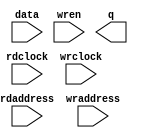
// This program was cloned from: https://github.com/michaelliao/learn-verilog
// License: GNU General Public License v3.0

// megafunction wizard: %RAM: 2-PORT%VBB%
// GENERATION: STANDARD
// VERSION: WM1.0
// MODULE: altsyncram 

// ============================================================
// Megafunction Name(s):
// 			altsyncram
//
// Simulation Library Files(s):
// 			altera_mf
// ============================================================
// ************************************************************
// THIS IS A WIZARD-GENERATED FILE. DO NOT EDIT THIS FILE!
//
// 20.1.1 Build 720 11/11/2020 SJ Lite Edition
// ************************************************************

//Copyright (C) 2020  Intel Corporation. All rights reserved.
//Your use of Intel Corporation's design tools, logic functions 
//and other software and tools, and any partner logic 
//functions, and any output files from any of the foregoing 
//(including device programming or simulation files), and any 
//associated documentation or information are expressly subject 
//to the terms and conditions of the Intel Program License 
//Subscription Agreement, the Intel Quartus Prime License Agreement,
//the Intel FPGA IP License Agreement, or other applicable license
//agreement, including, without limitation, that your use is for
//the sole purpose of programming logic devices manufactured by
//Intel and sold by Intel or its authorized distributors.  Please
//refer to the applicable agreement for further details, at
//https://fpgasoftware.intel.com/eula.

module ram_buffer (
	data,
	rdaddress,
	rdclock,
	wraddress,
	wrclock,
	wren,
	q);

	input	[15:0]  data;
	input	[10:0]  rdaddress;
	input	  rdclock;
	input	[10:0]  wraddress;
	input	  wrclock;
	input	  wren;
	output	[15:0]  q;
`ifndef ALTERA_RESERVED_QIS
// synopsys translate_off
`endif
	tri1	  wrclock;
	tri0	  wren;
`ifndef ALTERA_RESERVED_QIS
// synopsys translate_on
`endif

endmodule

// ============================================================
// CNX file retrieval info
// ============================================================
// Retrieval info: PRIVATE: ADDRESSSTALL_A NUMERIC "0"
// Retrieval info: PRIVATE: ADDRESSSTALL_B NUMERIC "0"
// Retrieval info: PRIVATE: BYTEENA_ACLR_A NUMERIC "0"
// Retrieval info: PRIVATE: BYTEENA_ACLR_B NUMERIC "0"
// Retrieval info: PRIVATE: BYTE_ENABLE_A NUMERIC "0"
// Retrieval info: PRIVATE: BYTE_ENABLE_B NUMERIC "0"
// Retrieval info: PRIVATE: BYTE_SIZE NUMERIC "8"
// Retrieval info: PRIVATE: BlankMemory NUMERIC "0"
// Retrieval info: PRIVATE: CLOCK_ENABLE_INPUT_A NUMERIC "0"
// Retrieval info: PRIVATE: CLOCK_ENABLE_INPUT_B NUMERIC "0"
// Retrieval info: PRIVATE: CLOCK_ENABLE_OUTPUT_A NUMERIC "0"
// Retrieval info: PRIVATE: CLOCK_ENABLE_OUTPUT_B NUMERIC "0"
// Retrieval info: PRIVATE: CLRdata NUMERIC "0"
// Retrieval info: PRIVATE: CLRq NUMERIC "0"
// Retrieval info: PRIVATE: CLRrdaddress NUMERIC "0"
// Retrieval info: PRIVATE: CLRrren NUMERIC "0"
// Retrieval info: PRIVATE: CLRwraddress NUMERIC "0"
// Retrieval info: PRIVATE: CLRwren NUMERIC "0"
// Retrieval info: PRIVATE: Clock NUMERIC "1"
// Retrieval info: PRIVATE: Clock_A NUMERIC "0"
// Retrieval info: PRIVATE: Clock_B NUMERIC "0"
// Retrieval info: PRIVATE: IMPLEMENT_IN_LES NUMERIC "0"
// Retrieval info: PRIVATE: INDATA_ACLR_B NUMERIC "0"
// Retrieval info: PRIVATE: INDATA_REG_B NUMERIC "0"
// Retrieval info: PRIVATE: INIT_FILE_LAYOUT STRING "PORT_B"
// Retrieval info: PRIVATE: INIT_TO_SIM_X NUMERIC "0"
// Retrieval info: PRIVATE: INTENDED_DEVICE_FAMILY STRING "Cyclone IV E"
// Retrieval info: PRIVATE: JTAG_ENABLED NUMERIC "0"
// Retrieval info: PRIVATE: JTAG_ID STRING "NONE"
// Retrieval info: PRIVATE: MAXIMUM_DEPTH NUMERIC "0"
// Retrieval info: PRIVATE: MEMSIZE NUMERIC "32000"
// Retrieval info: PRIVATE: MEM_IN_BITS NUMERIC "0"
// Retrieval info: PRIVATE: MIFfilename STRING "char-buffer.mif"
// Retrieval info: PRIVATE: OPERATION_MODE NUMERIC "2"
// Retrieval info: PRIVATE: OUTDATA_ACLR_B NUMERIC "0"
// Retrieval info: PRIVATE: OUTDATA_REG_B NUMERIC "0"
// Retrieval info: PRIVATE: RAM_BLOCK_TYPE NUMERIC "2"
// Retrieval info: PRIVATE: READ_DURING_WRITE_MODE_MIXED_PORTS NUMERIC "2"
// Retrieval info: PRIVATE: READ_DURING_WRITE_MODE_PORT_A NUMERIC "3"
// Retrieval info: PRIVATE: READ_DURING_WRITE_MODE_PORT_B NUMERIC "3"
// Retrieval info: PRIVATE: REGdata NUMERIC "1"
// Retrieval info: PRIVATE: REGq NUMERIC "1"
// Retrieval info: PRIVATE: REGrdaddress NUMERIC "1"
// Retrieval info: PRIVATE: REGrren NUMERIC "1"
// Retrieval info: PRIVATE: REGwraddress NUMERIC "1"
// Retrieval info: PRIVATE: REGwren NUMERIC "1"
// Retrieval info: PRIVATE: SYNTH_WRAPPER_GEN_POSTFIX STRING "0"
// Retrieval info: PRIVATE: USE_DIFF_CLKEN NUMERIC "0"
// Retrieval info: PRIVATE: UseDPRAM NUMERIC "1"
// Retrieval info: PRIVATE: VarWidth NUMERIC "0"
// Retrieval info: PRIVATE: WIDTH_READ_A NUMERIC "16"
// Retrieval info: PRIVATE: WIDTH_READ_B NUMERIC "16"
// Retrieval info: PRIVATE: WIDTH_WRITE_A NUMERIC "16"
// Retrieval info: PRIVATE: WIDTH_WRITE_B NUMERIC "16"
// Retrieval info: PRIVATE: WRADDR_ACLR_B NUMERIC "0"
// Retrieval info: PRIVATE: WRADDR_REG_B NUMERIC "0"
// Retrieval info: PRIVATE: WRCTRL_ACLR_B NUMERIC "0"
// Retrieval info: PRIVATE: enable NUMERIC "0"
// Retrieval info: PRIVATE: rden NUMERIC "0"
// Retrieval info: LIBRARY: altera_mf altera_mf.altera_mf_components.all
// Retrieval info: CONSTANT: ADDRESS_ACLR_B STRING "NONE"
// Retrieval info: CONSTANT: ADDRESS_REG_B STRING "CLOCK1"
// Retrieval info: CONSTANT: CLOCK_ENABLE_INPUT_A STRING "BYPASS"
// Retrieval info: CONSTANT: CLOCK_ENABLE_INPUT_B STRING "BYPASS"
// Retrieval info: CONSTANT: CLOCK_ENABLE_OUTPUT_B STRING "BYPASS"
// Retrieval info: CONSTANT: INIT_FILE STRING "char-buffer.mif"
// Retrieval info: CONSTANT: INTENDED_DEVICE_FAMILY STRING "Cyclone IV E"
// Retrieval info: CONSTANT: LPM_TYPE STRING "altsyncram"
// Retrieval info: CONSTANT: NUMWORDS_A NUMERIC "2000"
// Retrieval info: CONSTANT: NUMWORDS_B NUMERIC "2000"
// Retrieval info: CONSTANT: OPERATION_MODE STRING "DUAL_PORT"
// Retrieval info: CONSTANT: OUTDATA_ACLR_B STRING "NONE"
// Retrieval info: CONSTANT: OUTDATA_REG_B STRING "UNREGISTERED"
// Retrieval info: CONSTANT: POWER_UP_UNINITIALIZED STRING "FALSE"
// Retrieval info: CONSTANT: RAM_BLOCK_TYPE STRING "M9K"
// Retrieval info: CONSTANT: WIDTHAD_A NUMERIC "11"
// Retrieval info: CONSTANT: WIDTHAD_B NUMERIC "11"
// Retrieval info: CONSTANT: WIDTH_A NUMERIC "16"
// Retrieval info: CONSTANT: WIDTH_B NUMERIC "16"
// Retrieval info: CONSTANT: WIDTH_BYTEENA_A NUMERIC "1"
// Retrieval info: USED_PORT: data 0 0 16 0 INPUT NODEFVAL "data[15..0]"
// Retrieval info: USED_PORT: q 0 0 16 0 OUTPUT NODEFVAL "q[15..0]"
// Retrieval info: USED_PORT: rdaddress 0 0 11 0 INPUT NODEFVAL "rdaddress[10..0]"
// Retrieval info: USED_PORT: rdclock 0 0 0 0 INPUT NODEFVAL "rdclock"
// Retrieval info: USED_PORT: wraddress 0 0 11 0 INPUT NODEFVAL "wraddress[10..0]"
// Retrieval info: USED_PORT: wrclock 0 0 0 0 INPUT VCC "wrclock"
// Retrieval info: USED_PORT: wren 0 0 0 0 INPUT GND "wren"
// Retrieval info: CONNECT: @address_a 0 0 11 0 wraddress 0 0 11 0
// Retrieval info: CONNECT: @address_b 0 0 11 0 rdaddress 0 0 11 0
// Retrieval info: CONNECT: @clock0 0 0 0 0 wrclock 0 0 0 0
// Retrieval info: CONNECT: @clock1 0 0 0 0 rdclock 0 0 0 0
// Retrieval info: CONNECT: @data_a 0 0 16 0 data 0 0 16 0
// Retrieval info: CONNECT: @wren_a 0 0 0 0 wren 0 0 0 0
// Retrieval info: CONNECT: q 0 0 16 0 @q_b 0 0 16 0
// Retrieval info: GEN_FILE: TYPE_NORMAL ram_buffer.v TRUE
// Retrieval info: GEN_FILE: TYPE_NORMAL ram_buffer.inc FALSE
// Retrieval info: GEN_FILE: TYPE_NORMAL ram_buffer.cmp FALSE
// Retrieval info: GEN_FILE: TYPE_NORMAL ram_buffer.bsf TRUE
// Retrieval info: GEN_FILE: TYPE_NORMAL ram_buffer_inst.v TRUE
// Retrieval info: GEN_FILE: TYPE_NORMAL ram_buffer_bb.v TRUE
// Retrieval info: LIB_FILE: altera_mf